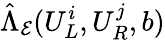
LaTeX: \hat{\Lambda}_{\mathcal{E}}(U_{L}^{i},U_{R}^{j},b)